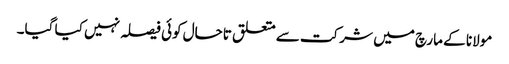
مولانا کے مارچ میں شرکت سے متعلق تاحال کوئی فیصلہ نہیں کیا گیا۔